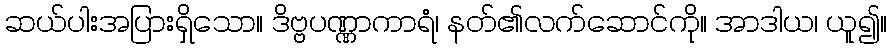
ဆယ်ပါးအပြားရှိသော။ ဒိဗ္ဗပဏ္ဏာကာရံ၊ နတ်၏လက်ဆောင်ကို။ အာဒါယ၊ ယူ၍။